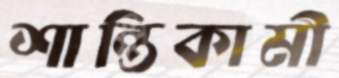
শান্তিকামী